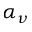
\alpha _ { \nu }